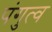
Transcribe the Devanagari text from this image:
पंगुत्व